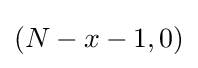
(N-x-1,0)